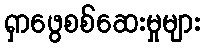
ရှာဖွေစစ်ဆေးမှုများ